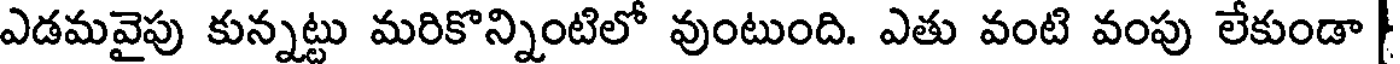
ఎడమవైపు కున్నట్టు మరికొన్నింటిలో వుంటుంది. ఎతు వంటి వంపు లేకుండా